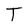
Character: T